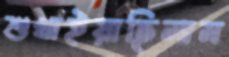
শুখাইয়াছিলাম